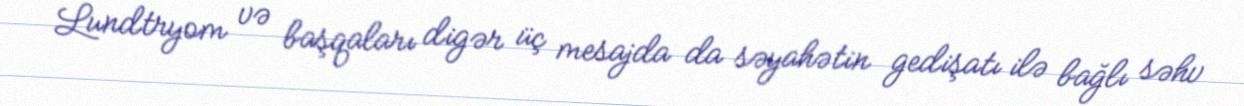
Lundtryom və başqaları digər üç mesajda da səyahətin gedişatı ilə bağlı səhv